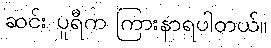
ဆင်း ပူရီက ကြားနာရပါတယ်။